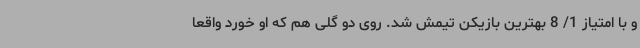
و با امتیاز 1/ 8 بهترین بازیکن تیمش شد. روی دو گلی هم که او خورد واقعا